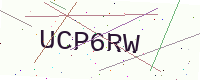
Text: UCP6RW